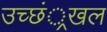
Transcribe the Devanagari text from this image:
उच्छं्रखल